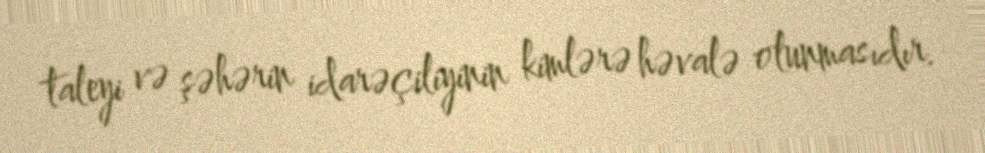
taleyi və şəhərin idarəçiliyinin kimlərə həvalə olunmasıdır.